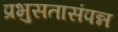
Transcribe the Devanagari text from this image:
प्रभुसतासंपन्न